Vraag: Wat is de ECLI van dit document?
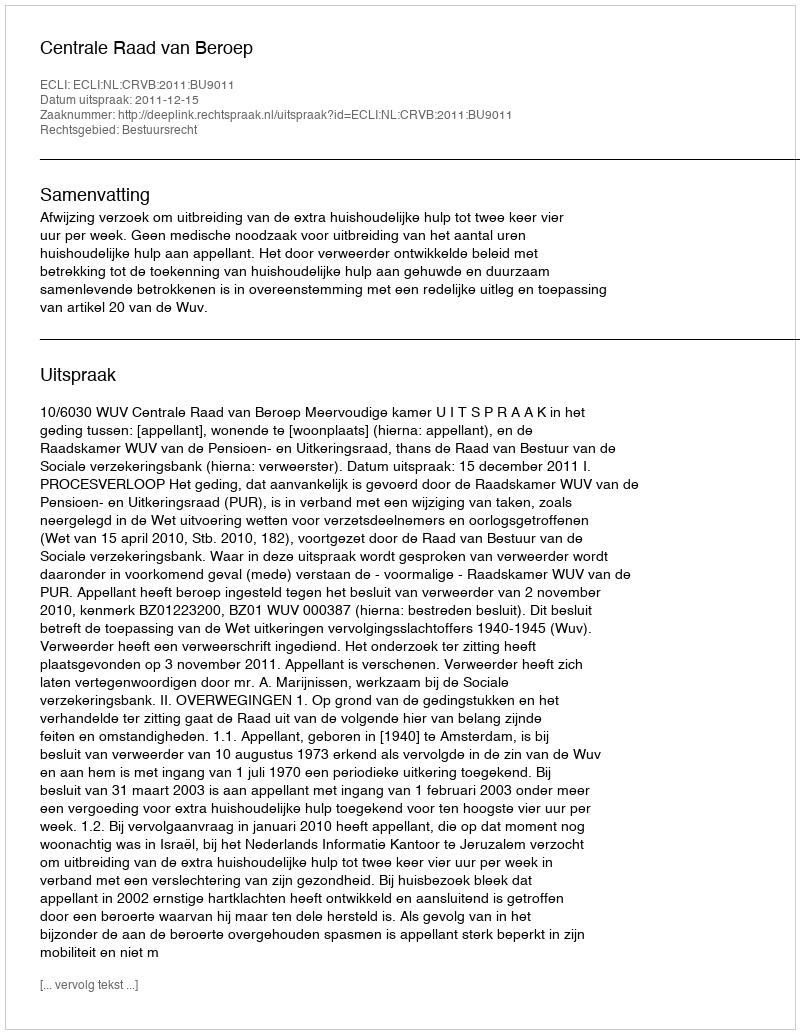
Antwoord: ECLI:NL:CRVB:2011:BU9011